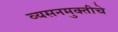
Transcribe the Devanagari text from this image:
व्यसनमुक्‍तीचे